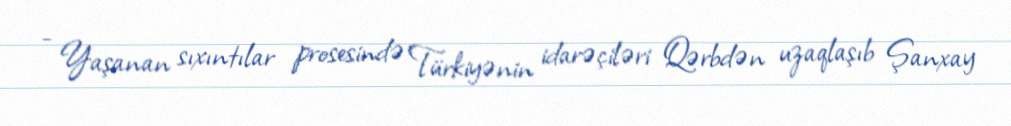
- Yaşanan sıxıntılar prosesində Türkiyənin idarəçiləri Qərbdən uzaqlaşıb Şanxay